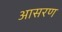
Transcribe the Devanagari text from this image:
आसरण